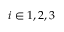
i \in { 1 , 2 , 3 }